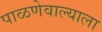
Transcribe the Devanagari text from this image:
पाळणेवाल्याला